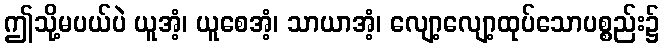
ဤသို့မပယ်ပဲ ယူအံ့၊ ယူစေအံ့၊ သာယာအံ့၊ လျော့လျော့ထုပ်သောပစ္စည်း၌